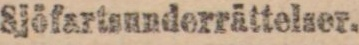
Sjöfartsunderrättelser.